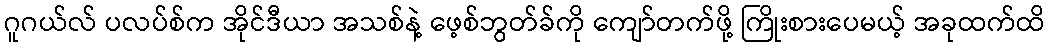
ဂူဂယ်လ် ပလပ်စ်က အိုင်ဒီယာ အသစ်နဲ့ ဖေ့စ်ဘွတ်ခ်ကို ကျော်တက်ဖို့ ကြိုးစားပေမယ့် အခုထက်ထိ